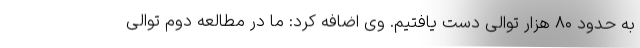
به حدود ۸۰ هزار توالی دست یافتیم. وی اضافه کرد: ما در مطالعه دوم توالی